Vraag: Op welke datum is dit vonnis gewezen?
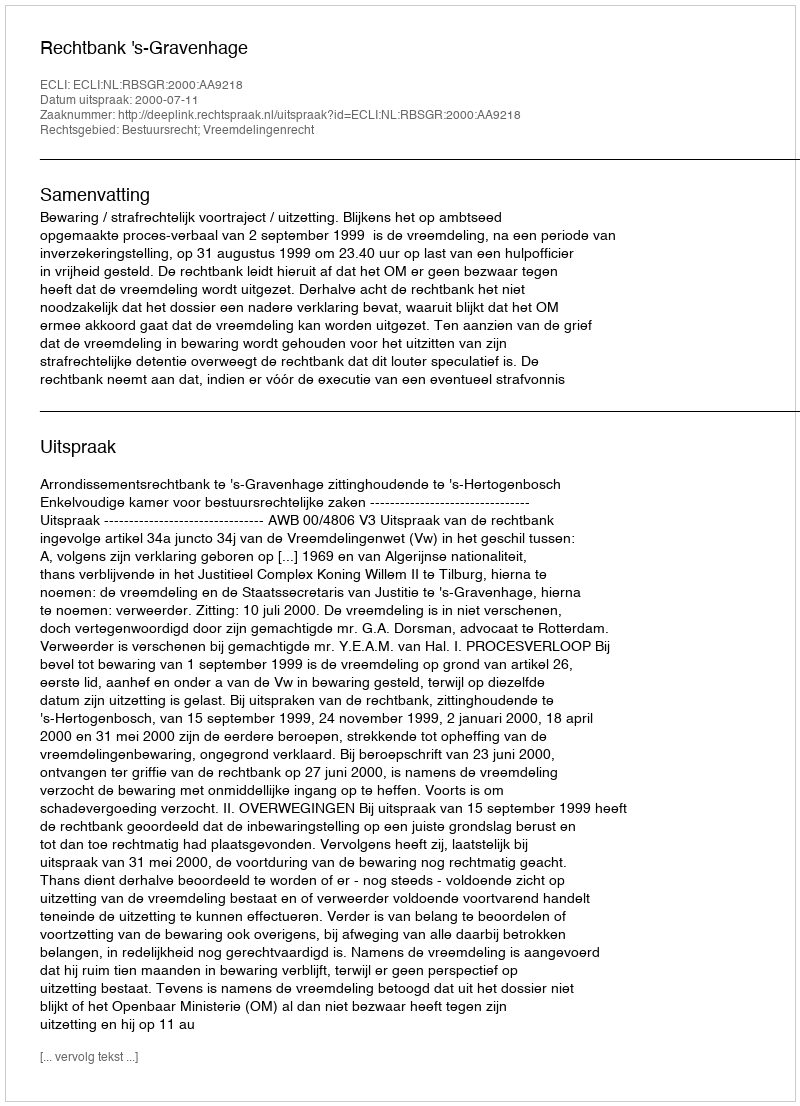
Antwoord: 2000-07-11